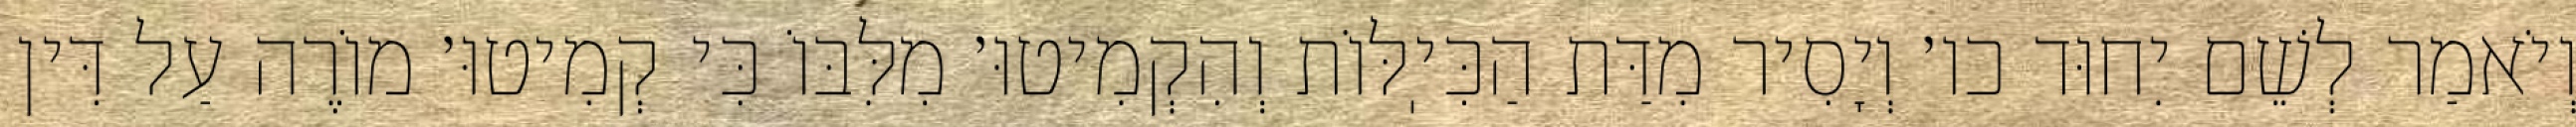
וְיֹאמַר לְשֵׁם יִחוּד כו׳ וְיָסִיר מִדַּת הַכִּיֽלּוֹת וְהִקְמִיטוּ׳ מִלִּבּוֹ כִּי קְמִיטוּ׳ מוֹרֶה עַל דִּין